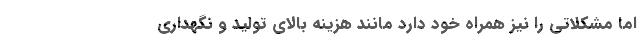
اما مشکلاتی را نیز همراه خود دارد مانند هزینه بالای تولید و نگهداری